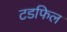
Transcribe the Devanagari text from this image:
टडफिल